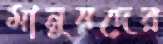
মানুষদের